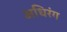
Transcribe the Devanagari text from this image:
अधिरंग